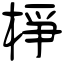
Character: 棦